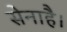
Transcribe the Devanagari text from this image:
सेनाहै।